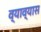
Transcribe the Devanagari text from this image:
व्याव्यास